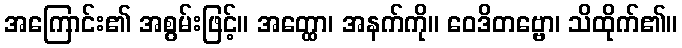
အကြောင်း၏ အစွမ်းဖြင့်။ အတ္ထော၊ အနက်ကို။ ဝေဒိတဗ္ဗော၊ သိထိုက်၏။